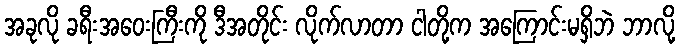
အခုလို ခရီးအဝေးကြီးကို ဒီအတိုင်း လိုက်လာတာ ငါတို့က အကြောင်းမရှိဘဲ ဘာလို့